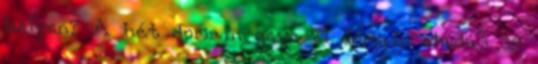
helyen? A hét domain neve 21 domain eladás 29